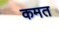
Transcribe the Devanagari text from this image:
कमत